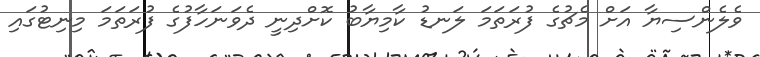
ވެލެންސިޔާ އަށް މެޗުގެ ފުރަތަމަ ލަނޑު ކާމިޔާބު ކޮށްދިނީ ދެވަނަހާފުގެ ފުރަތަމަ މިނިޓުގައި